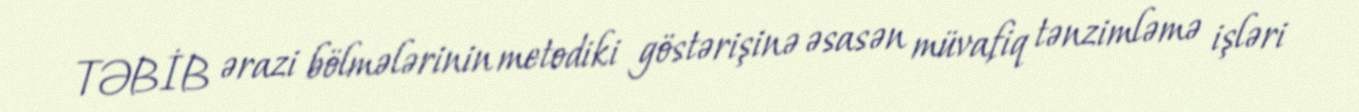
TƏBİB ərazi bölmələrinin metodiki göstərişinə əsasən müvafiq tənzimləmə işləri